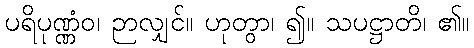
ပရိပုဏ္ဏံဝ၊ ဉာလျှင်။ ဟုတွာ၊ ၍။ သပဋ္ဌာတိ၊ ၏။